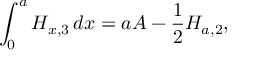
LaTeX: L = \{ ~ ( \langle M \rangle , 1 0 ^ { k } ) : M { \mathrm { ~ a c c e p t s ~ } } ( \langle M \rangle , 1 0 ^ { k } ) { \mathrm { ~ u s i n g ~ s p a c e ~ } } \leq f ( | \langle M \rangle , 1 0 ^ { k } | ) ~ \}